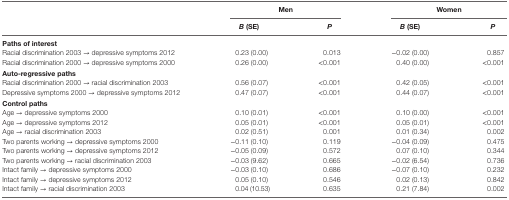
<table><thead><tr><td rowspan="2"></td><td colspan="2"><b>Men</b></td><td colspan="2"><b>Women</b></td></tr><tr><td><b><i>B</i> (SE)</b></td><td><b><i>P</i></b></td><td><b><i>B</i> (SE)</b></td><td><b><i>P</i></b></td></tr></thead><tbody><tr><td colspan="5"><b>Paths of interest</b></td></tr><tr><td>Racial discrimination 2003 → depressive symptoms 2012</td><td>0.23 (0.00)</td><td>0.013</td><td>−0.02 (0.00)</td><td>0.857</td></tr><tr><td>Racial discrimination 2000 → depressive symptoms 2000</td><td>0.26 (0.00)</td><td>&lt;0.001</td><td>0.40 (0.00)</td><td>&lt;0.001</td></tr><tr><td colspan="5"><b>Auto-regressive paths</b></td></tr><tr><td>Racial discrimination 2000 → racial discrimination 2003</td><td>0.56 (0.07)</td><td>&lt;0.001</td><td>0.42 (0.05)</td><td>&lt;0.001</td></tr><tr><td>Depressive symptoms 2000 → depressive symptoms 2012</td><td>0.47 (0.07)</td><td>&lt;0.001</td><td>0.44 (0.07)</td><td>&lt;0.001</td></tr><tr><td colspan="5"><b>Control paths</b></td></tr><tr><td>Age → depressive symptoms 2000</td><td>0.10 (0.01)</td><td>&lt;0.001</td><td>0.10 (0.00)</td><td>&lt;0.001</td></tr><tr><td>Age → depressive symptoms 2012</td><td>0.05 (0.01)</td><td>&lt;0.001</td><td>0.05 (0.01)</td><td>&lt;0.001</td></tr><tr><td>Age → racial discrimination 2003</td><td>0.02 (0.51)</td><td>0.001</td><td>0.01 (0.34)</td><td>0.002</td></tr><tr><td>Two parents working → depressive symptoms 2000</td><td>−0.11 (0.10)</td><td>0.119</td><td>−0.04 (0.09)</td><td>0.475</td></tr><tr><td>Two parents working → depressive symptoms 2012</td><td>−0.05 (0.09)</td><td>0.572</td><td>0.07 (0.10)</td><td>0.344</td></tr><tr><td>Two parents working → racial discrimination 2003</td><td>−0.03 (9.62)</td><td>0.665</td><td>−0.02 (6.54)</td><td>0.736</td></tr><tr><td>Intact family → depressive symptoms 2000</td><td>−0.03 (0.10)</td><td>0.686</td><td>−0.07 (0.10)</td><td>0.232</td></tr><tr><td>Intact family → depressive symptoms 2012</td><td>0.05 (0.10)</td><td>0.546</td><td>0.02 (0.13)</td><td>0.842</td></tr><tr><td>Intact family → racial discrimination 2003</td><td>0.04 (10.53)</td><td>0.635</td><td>0.21 (7.84)</td><td>0.002</td></tr></tbody></table>